Report on vaccination in the Province of Bengal - 1869-1873
Year: 1869
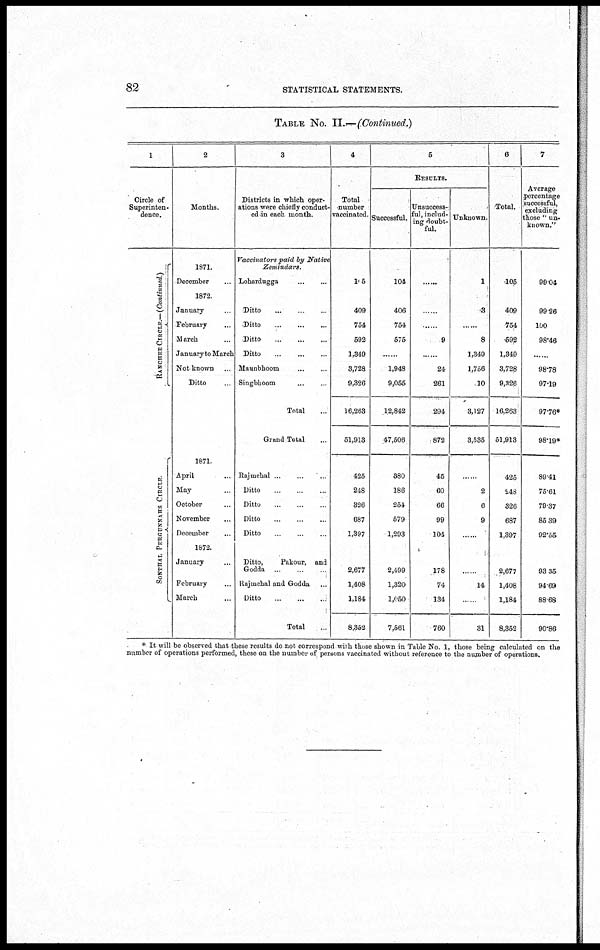
82
STATISTICAL STATEMENTS.
TABLE No. II.—(Continued.)
1
Circle of
Superinten-
dence.
RANCHEE CIRCLE.—(Continued.)
S ONT HAL P
E R GUNNAHS CI RCLE
2
Months.
1871.
December...
1872.
January...
February...
March...
January to March
Not known... ...
Ditto ...
1871
April...
May...
October...
November
December...
1872.
January... ...
February...
March... ...
3
Districts in which oper-
ations were chiefly conduct-
ed in each month.
Vaccinators paid by Native
Zamindars.
Lohardugga...
...
...
Ditto...
.
..
Ditto...
...
...
Ditto...
...
...
Ditto..
...
...
Maunbhoom ... ... ...
Singbhoom... ...
Total...
Grand Total...
Rajmehal.. ... ..
Ditto ..
...
Ditto .. ...
..
Ditto
...
...
Ditto...
...
Ditto,
Pakour, and
Godda ... ...
Rajmehal and Godda... ...
Ditto
...
...
...
Total...
4
Total
number
vaccinated.
105
409
754
592
1,349
3,728
9,326
16,263
51,913
425
248
326
687
1,397
2,677
1,408
1,184
8,352
5
RESULTS.
Successful.
104
406
754
575
......
1,948
9,055
12,842
47,506
380
186
254
579
1,293
2,499
1,320
1,050
7,561
Unsuccess-
ful, includ-
ing doubt-
ful.
......
......
......
9
......
24
261
294
872
45
60
66
99
104
178
74
134
760
Unknown.
1
3
......
8
1,349
1,756
10
3,127
3,535
......
2
6
9
......
......
14
......
31
6
Total.
105
409
754
592
1,349
3,728
9,326
16,263
51,913
425
248
326
687
1,397
2,677
1,408
1,184
8,352
7
Average
percentage
successful,
excluding
those " un-
known."
99.04
99.26
100
98.46
......
98.78
97.19
97.76*
98.19*
89.41
75.61
79.37
85.39
92.55
93.35
94.69
88.68
90.86
* It will be observed that these results do not correspond with those shown in Table No. 1, those being calculated on the
number of operations performed, these on the number of persons vaccinated without reference to the number of operations.